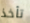
تأخذ